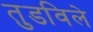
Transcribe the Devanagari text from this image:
तुडविले